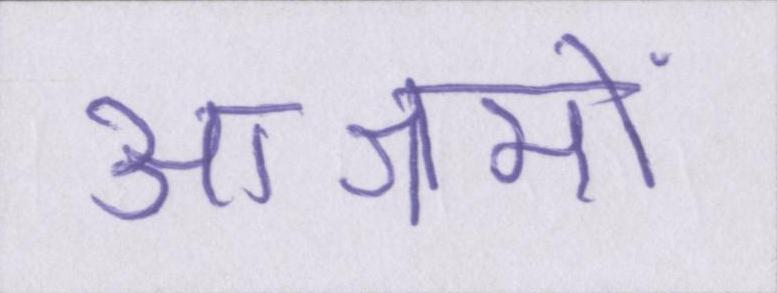
आश्रमों